Insane asylums in Bengal annual reports 1867-1875 - 1867-1875
Year: 1867
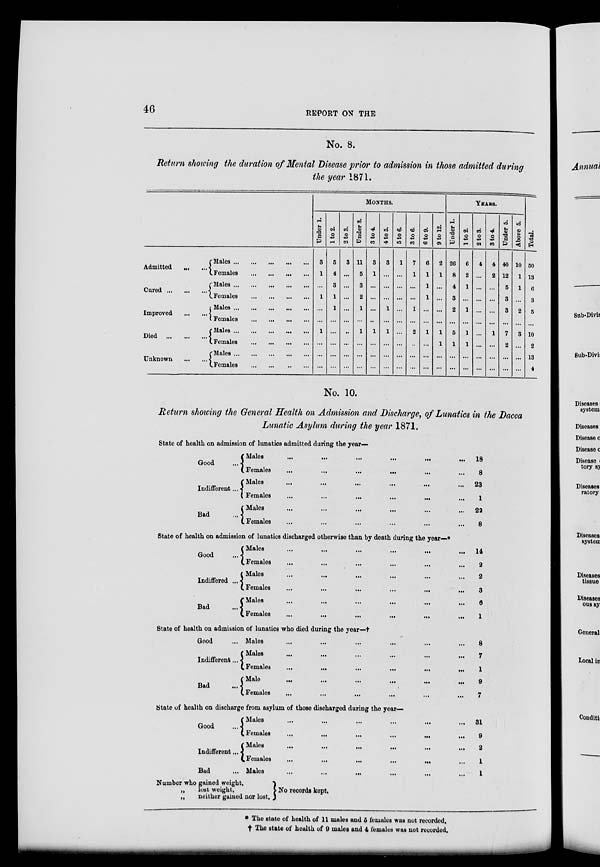
46
REPORT ON THE
No. 8.
Return showing the duration of Mental Disease prior to admission in those admitted during
the year 1871.
Admitted ... ...
Cured
...
...
...
Improved ... ...
Died ... ... ...
Unknown ... ...
Males ... ... ... ... ...
Females ... ...
...
...
Males ... ... ... ... ...
Females ... ... ... ...
Males
...
...
...
...
...
Females ...
...
...
...
Males
...
...
...
...
...
Females ...
...
...
...
Males ... ... ... ... ...
Females ... ... ... ...
MONTHS.
Under 1.
3
1
...
1
...
...
1
...
...
...
1 to 2.
5
4
3
1
1
...
...
...
...
...
2 to 3.
3
...
...
...
...
...
...
...
...
...
Under 3.
11
5
3
2
1
...
1
...
...
...
3 to 4
3
1
...
...
...
...
1
...
...
...
4 to 5.
3
...
...
...
1
...
1
...
...
...
5 to 6.
1
...
...
...
...
...
...
...
...
...
3 to 6.
7
1
...
...
1
...
2
...
...
...
6 to 9.
6
1
1
1
...
...
1
...
...
...
9 to 12.
2
1
...
...
...
...
1
1
...
...
YEARS.
Under 1.
26
8
4
3
2
...
5
1
...
...
1 to 2.
6
2
1
...
1
...
1
1
...
...
2 to 3.
4
...
...
...
...
...
...
...
...
...
3 to 4.
4
2
...
...
...
...
1
...
...
...
Under 5.
40
12
5
3
3
...
7
2
...
...
Above 5.
10
1
1
...
2
...
3
...
...
...
Total.
50
13
6
3
5
...
10
2
13
4
No. 10.
Return showing the General Health on Admission and Discharge, of Lunatics in the Dacca
Lunatic Asylum during the year 1871.
State of health on admission of lunatics admitted during the year—
Good ...
Indifferent ...
Bad ...
Males ... ... ... ... ... ...
Females ... ... ...
...
...
...
Males ... ... ... ... ... ...
Females ... ... ... ... ... ...
Males ... ... ... ... ... ...
Females ... ... ... ... ... ...
18
8
23
1
22
8
State of health on admission of lunatics discharged otherwise than by death during the year—*
Good ...
Indiffered ...
Bad
...
Males ... ... ... ... ... ...
Females ... ... ... ... ... ...
Males
...
...
...
... ... ...
Female ... ... ... ... ... ...
Males ... ... ... ... ... ...
Females
...
...
...
...
...
...
14
2
2
3
6
1
State of health on admission of lunatics who died during the year—†
Good ...
Indifferent ...
Bad ...
Males ... ... ... ... ... ...
Males
...
...
...
...
...
...
Females
...
...
...
...
...
...
Male ... ... ... ... ... ...
Females ... ... ... ... ... ...
8
7
1
9
7
State of health on discharge from asylum of those discharged during the year—
Good ...
Indifferent ...
Bad ...
Males ... ... ... ... ... ...
Females ... ... ... ... ... ...
Males ... ... ... ... ... ...
Females ... ...
...
...
...
...
Males
...
...
...
...
... ...
31
9
2
1
1
Number who gained weight.
„
lost weight.
„
neither gained nor lost.
No records kept.
* The state of health of 11 males and 5 females was not recorded.
† The state of health of 9 males and 4 females was not recorded.